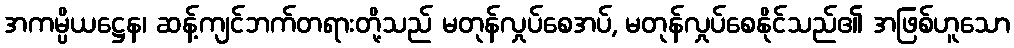
အကမ္ပိယဋ္ဌေန၊ ဆန့်ကျင်ဘက်တရားတို့သည် မတုန်လှုပ်စေအပ်, မတုန်လှုပ်စေနိုင်သည်၏ အဖြစ်ဟူသော